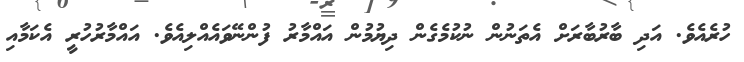
ހުރެއެވެ. އަދި ބާރުބާރަށް އެތަނުން ނުކުމެގެން ދިޔުމުން އައްމާރު ފުންނޭވައެއްލިއެވެ. އައްމާރުހުރީ އެކަމާއި